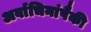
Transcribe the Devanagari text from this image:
अर्वाचिनांपैकी